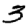
Digit: 3